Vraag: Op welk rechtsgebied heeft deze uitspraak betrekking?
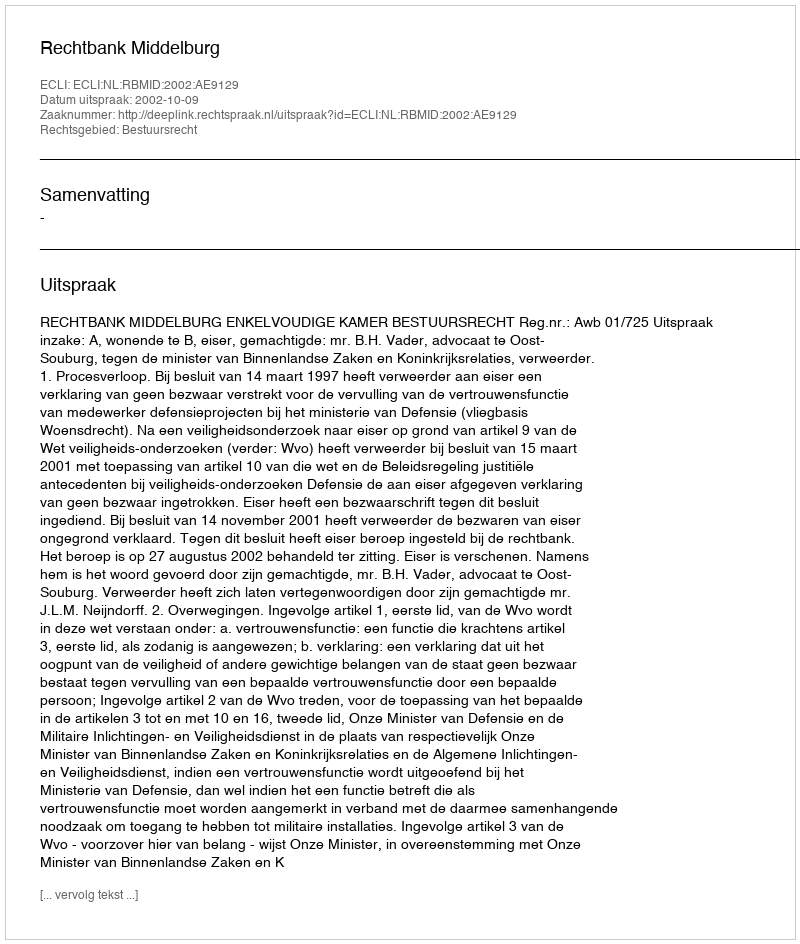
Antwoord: Bestuursrecht